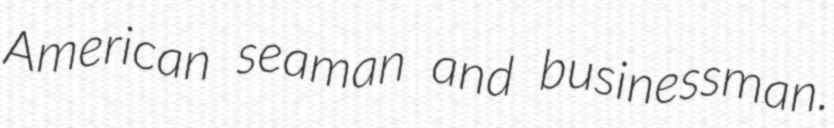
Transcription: American seaman and businessman.